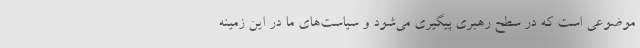
موضوعی است که در سطح رهبری پیگیری می‌شود و سیاست‌های ما در این زمینه